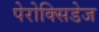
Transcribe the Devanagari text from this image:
पेरोक्सिडेज